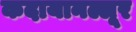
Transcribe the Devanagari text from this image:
कदायानल्लूर